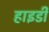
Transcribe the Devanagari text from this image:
हाइडी